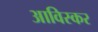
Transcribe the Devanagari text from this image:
आविस्कर